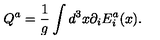
Q ^ { a } = \frac 1 { g } \int d ^ { 3 } x \partial _ { i } E _ { i } ^ { a } ( x ) .